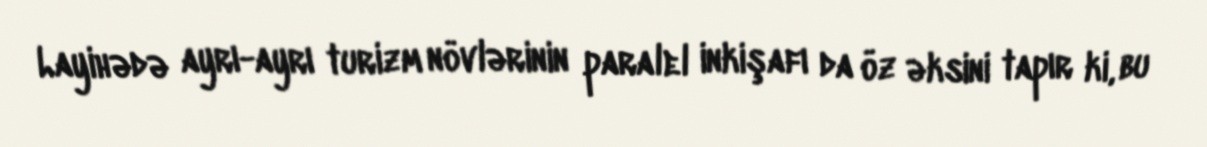
Layihədə ayrı-ayrı turizm növlərinin paralel inkişafı da öz əksini tapır ki, bu